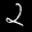
Label: 2